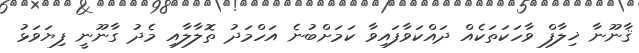
ޤާނޫނާ ޚިލާފް ވާހަކަތަކެއް ދައްކަވާފައިވާ ކަމަށްބުނެ އަހްމަދު ތޮލާލާއި މެދު ގާނޫނީ ފިޔަވަޅު